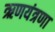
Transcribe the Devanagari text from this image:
ऋणयंत्रणा